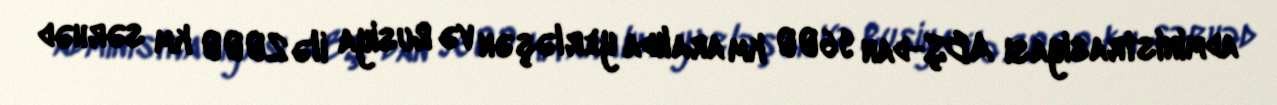
administrasiyası ABŞ-dan 9600 km aralıda yerləşən və Rusiya ilə 2000 km sərhəd